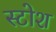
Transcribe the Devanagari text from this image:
स्टोश